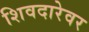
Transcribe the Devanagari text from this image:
शिवदारेवर